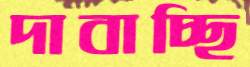
দাবাচ্ছি